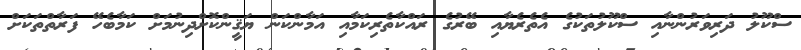
ސްކޫލު ދަރިވަރުންނާއި ސްކޫލުތަކުގެ އެތެރެޔާއި ބޭރުގެ ރައްކާތެރިކަމާއި އަމާންކަން ޔަޤީންކޮށްދިނުމަށް ކަމާބެހޭ ފަރާތްތަކަށް